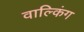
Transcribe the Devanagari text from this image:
वाल्किंग